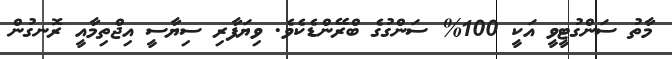
މާތު ސަންގުޓީވީ އަކީ 100% ސަންގުގެ ބްރޭންޑެކެވެ. ވިޔަފާރި ސިޔާސީ އިޖްތިމާއީ ރޮނގުން